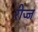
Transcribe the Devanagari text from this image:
रीज्ज